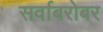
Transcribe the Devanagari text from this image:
सर्वाबरोबर